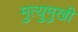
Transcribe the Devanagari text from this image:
मुत्युमुखी